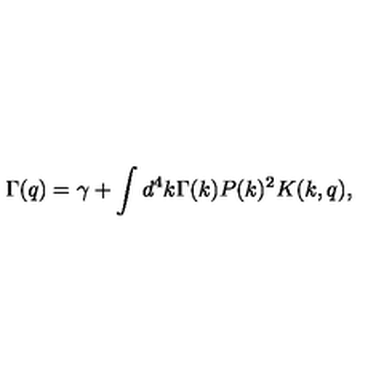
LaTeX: \Gamma ( q ) = \gamma + \int d ^ { 4 } k \Gamma ( k ) P ( k ) ^ { 2 } K ( k , q ) ,